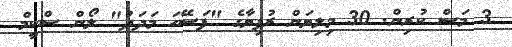
3 މަސް ކުރިން. 30 މިލިޔަން ރުފިޔާގެ "ފަސޭހަ މަދަދު" ލޯން ސްކީމް